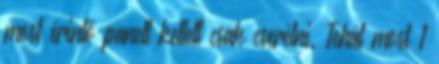
most érintő panelt kellett csak cserélni. Tehát most 1